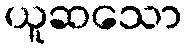
ယူဆသော